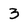
Character: 3